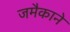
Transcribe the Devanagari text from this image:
जमैकाने